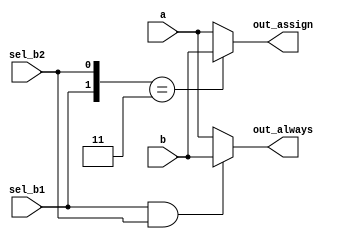
// synthesis verilog_input_version verilog_2001
module top_module (
    input a,
    input b,
    input sel_b1,
    input sel_b2,
    output reg out_assign,
    output reg out_always   ); 
    
    //assign out_assign = (sel_b1 & sel_b2) ? b : a;
    /* */
    always @(*) begin
        case ( {sel_b1, sel_b2} )
            2'b11	: out_assign = b;
            default : out_assign = a;
        endcase
    end
	/* */
    
    always @(*) begin
        if ( sel_b1 & sel_b2 ) begin
            out_always = b;
        end
        else begin
            out_always = a;                
        end
    end

endmodule